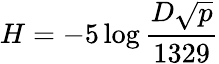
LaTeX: H=-5\log{\frac{D{\sqrt{p}}}{1329}}